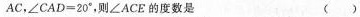
A C$$，$$∠ C A D = 2 0 °$$，则∠ACE的度数是 ( )